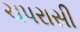
ચપરાસી